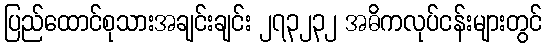
ပြည်ထောင်စုသားအချင်းချင်း ၂၇၃၂၃၂ အဓိကလုပ်ငန်းများတွင်